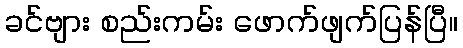
ခင်ဗျား စည်းကမ်း ဖောက်ဖျက်ပြန်ပြီ။